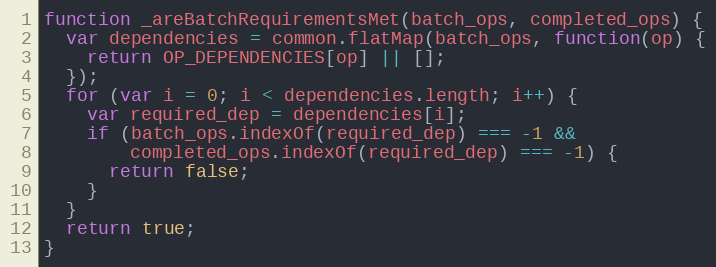
Language: JavaScript
function _areBatchRequirementsMet(batch_ops, completed_ops) {
  var dependencies = common.flatMap(batch_ops, function(op) {
    return OP_DEPENDENCIES[op] || [];
  });
  for (var i = 0; i < dependencies.length; i++) {
    var required_dep = dependencies[i];
    if (batch_ops.indexOf(required_dep) === -1 &&
        completed_ops.indexOf(required_dep) === -1) {
      return false;
    }
  }
  return true;
}